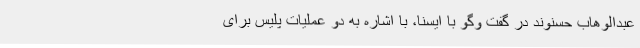
عبدالوهاب حسنوند در گفت وگو با ایسنا، با اشاره به دو عملیات پلیس برای